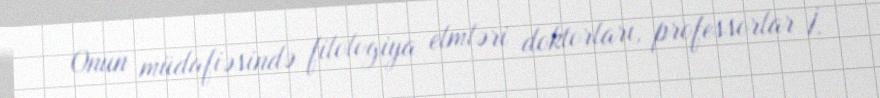
Onun müdafiəsində filologiya elmləri doktorları, professorlar İ.